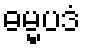
ဓမ္မပဒံ